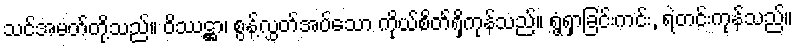
သင်အမတ်တို့သည်။ ဝိဿဋ္ဌာ၊ စွန့်လွှတ်အပ်သော ကိုယ်စိတ်ရှိကုန်သည်။ ရွံ့ရှာခြင်းကင်း, ရဲတင်းကုန်သည်။